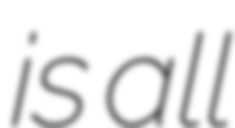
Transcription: is all